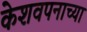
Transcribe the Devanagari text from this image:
केशवपनाच्या